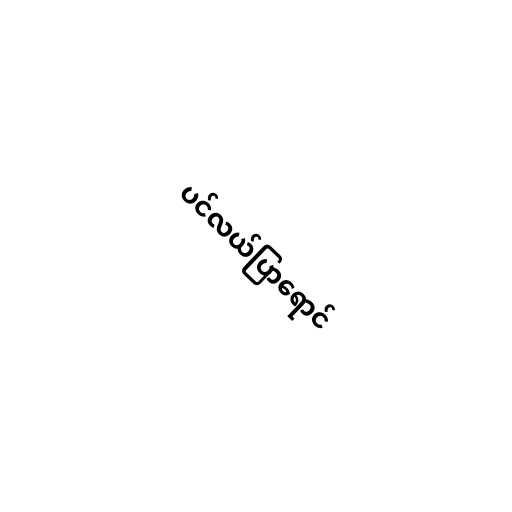
ပင်လယ်ပြာရောင်